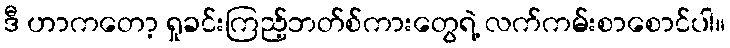
ဒီ ဟာကတော့ ရှုခင်းကြည့်ဘတ်စ်ကားတွေရဲ့ လက်ကမ်းစာစောင်ပါ။